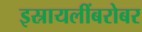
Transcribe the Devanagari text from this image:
इस्रायलींबरोबर